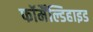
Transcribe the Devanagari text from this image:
फॉर्मैंल्डिहाइड